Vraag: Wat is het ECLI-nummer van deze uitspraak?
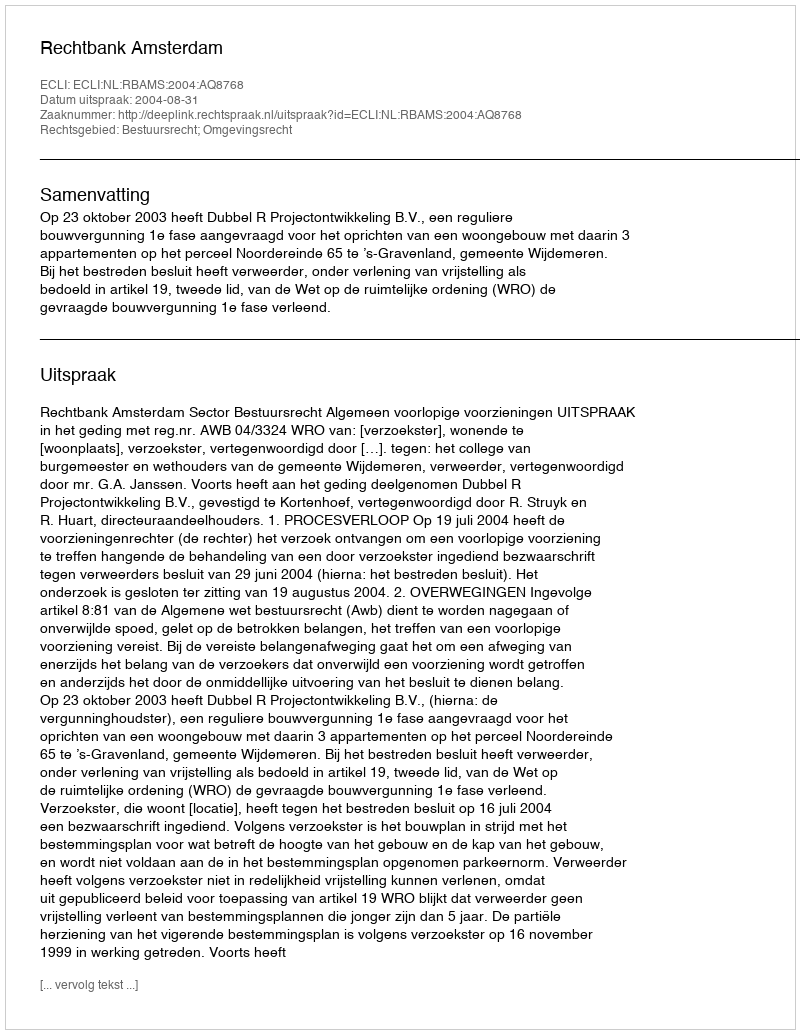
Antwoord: ECLI:NL:RBAMS:2004:AQ8768